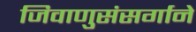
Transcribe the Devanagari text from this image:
जिवाणुसंसर्गाने